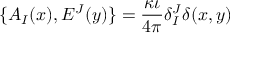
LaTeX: \{ A _ { I } ( x ) , E ^ { J } ( y ) \} = \frac { \kappa \iota } { 4 \pi } \delta _ { I } ^ { J } \delta ( x , y )